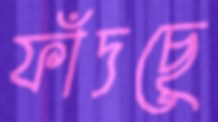
ফাঁদছে